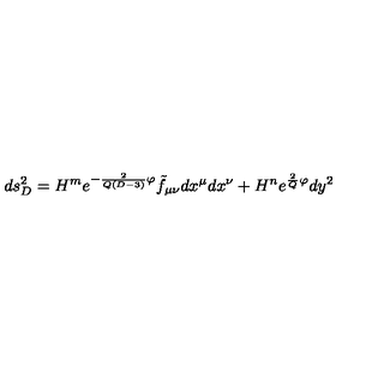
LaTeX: d s _ { D } ^ { 2 } = H ^ { m } e ^ { - \frac { 2 } { Q ( D - 3 ) } \varphi } \tilde { f } _ { \mu \nu } d x ^ { \mu } d x ^ { \nu } + H ^ { n } e ^ { \frac { 2 } { Q } \varphi } d y ^ { 2 }